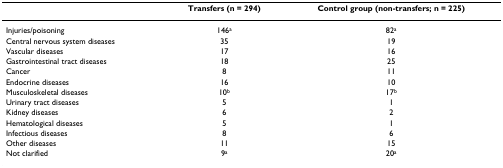
<table><thead><tr><td>[EMPTY_CELL]</td><td><b>Transfers (n = 294)</b></td><td><b>Control group (non-transfers; n = 225)</b></td></tr></thead><tbody><tr><td>Injuries/poisoning</td><td>146<sup>a</sup></td><td>82<sup>a</sup></td></tr><tr><td>Central nervous system diseases</td><td>35</td><td>19</td></tr><tr><td>Vascular diseases</td><td>17</td><td>16</td></tr><tr><td>Gastrointestinal tract diseases</td><td>18</td><td>25</td></tr><tr><td>Cancer</td><td>8</td><td>11</td></tr><tr><td>Endocrine diseases</td><td>16</td><td>10</td></tr><tr><td>Musculoskeletal diseases</td><td>10<sup>b</sup></td><td>17<sup>b</sup></td></tr><tr><td>Urinary tract diseases</td><td>5</td><td>1</td></tr><tr><td>Kidney diseases</td><td>6</td><td>2</td></tr><tr><td>Hematological diseases</td><td>5</td><td>1</td></tr><tr><td>Infectious diseases</td><td>8</td><td>6</td></tr><tr><td>Other diseases</td><td>11</td><td>15</td></tr><tr><td>Not clarified</td><td>9<sup>a</sup></td><td>20<sup>a</sup></td></tr></tbody></table>